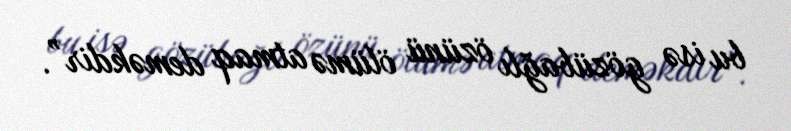
bu isə gözübağlı özünü ölümə atmaq deməkdir”.